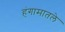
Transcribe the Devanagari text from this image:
हंगामातले